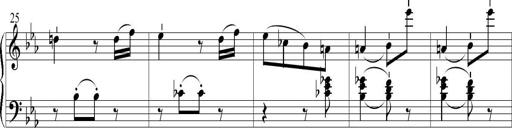
Title: 6 Leichte Sonatinen, Teil 1
Composer: F. Sigismund Sander